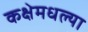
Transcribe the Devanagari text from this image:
कक्षेमधल्या